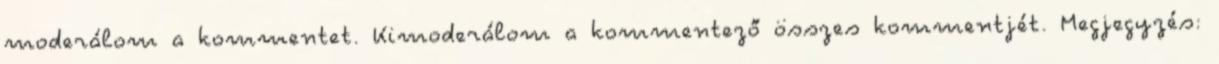
moderálom a kommentet. Kimoderálom a kommentező összes kommentjét. Megjegyzés: